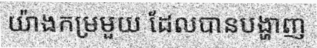
យ៉ាងកម្រមួយ ដែលបានបង្ហាញ